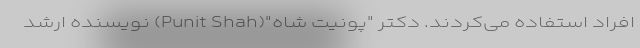
افراد استفاده می‌کردند. دکتر "پونیت شاه"(Punit Shah) نویسنده ارشد